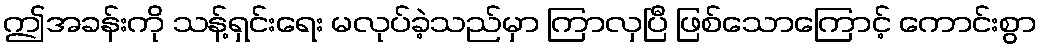
ဤအခန်းကို သန့်ရှင်းရေး မလုပ်ခဲ့သည်မှာ ကြာလှပြီ ဖြစ်သောကြောင့် ကောင်းစွာ